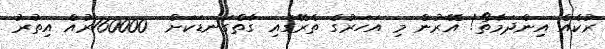
ރުކެއް އިންދަމާތޯ! އޭރުން މި އަހަރުގެ ތެރޭގައި ގާތްގަނޑަކަށް  160000ރުއް އިތުރު